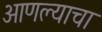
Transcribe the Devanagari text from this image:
आणल्याचा